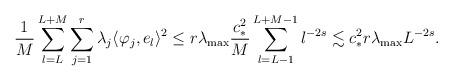
LaTeX: \begin{align*}\frac{1}{M} \sum_{l=L}^{L+M}\sum_{j=1}^r \lambda_j \langle \varphi_j, e_l\rangle^2 &\leq r \lambda_{\max} \frac{c_*^2}{M}\sum_{l=L-1}^{L+M-1} l^{-2s}\lesssim c_*^2 r \lambda_{\max} L^{-2s}.\end{align*}